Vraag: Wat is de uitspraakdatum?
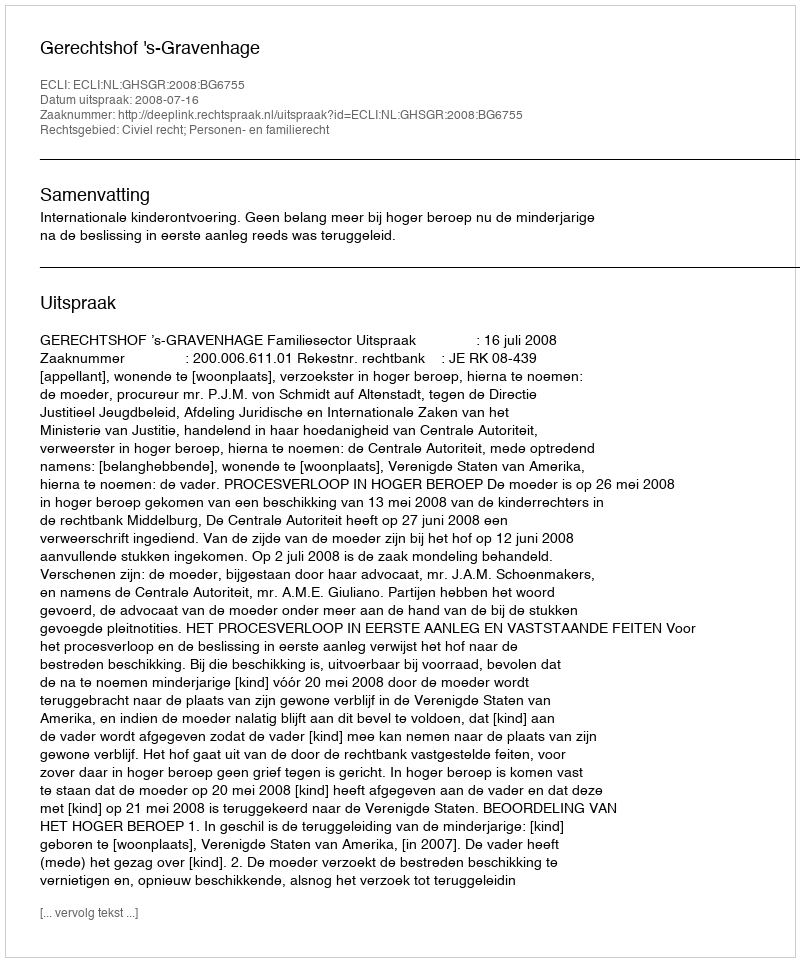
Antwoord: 2008-07-16